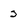
Character: 3